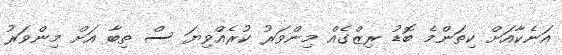
އަނެކާއަށް ކިތަންމެ ބޮޑު ރިޒްގެއް މިންވަރު ކުރެއްވިޔަ ސް ތިބާ އަށް މިންވަރު